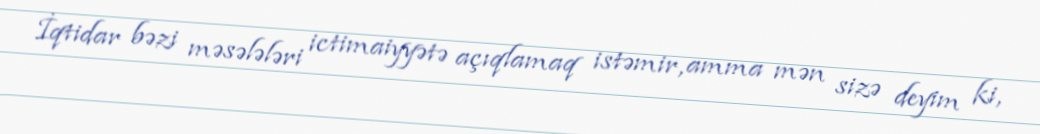
İqtidar bəzi məsələləri ictimaiyyətə açıqlamaq istəmir, amma mən sizə deyim ki,